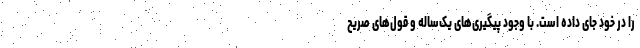
را در خود جای داده است. با وجود پیگیری‌های یک‌ساله و قول‌های صریح